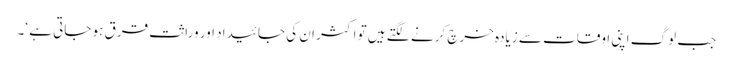
جب لوگ اپنی اوقات سے زیادہ خرچ کرنے لگتے ہیں تو اکثر ان کی جائیداد اور وراثت قرق ہو جاتی ہے ‘۔